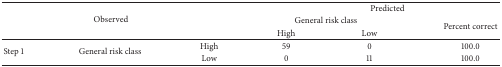
| <ROWSPAN=3-COLSPAN=3> Observed | <COLSPAN=3> Predicted |
 | <COLSPAN=2> General risk class | <ROWSPAN=2> Percent correct |
 | High | Low |
 | --- | --- | --- | --- | --- | --- |
 | <ROWSPAN=2> Step 1 | <ROWSPAN=2> General risk class | High | 59 | 0 | 100.0 |
 | Low | 0 | 11 | 100.0 |